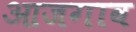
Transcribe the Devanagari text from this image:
आजगाव